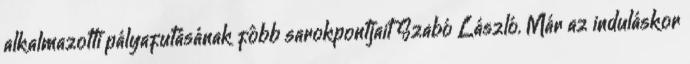
alkalmazotti pályafutásának fôbb sarokpontjait Szabó László. Már az induláskor